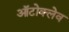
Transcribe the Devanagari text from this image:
ऑटोक्‍लेव